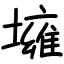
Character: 㙲